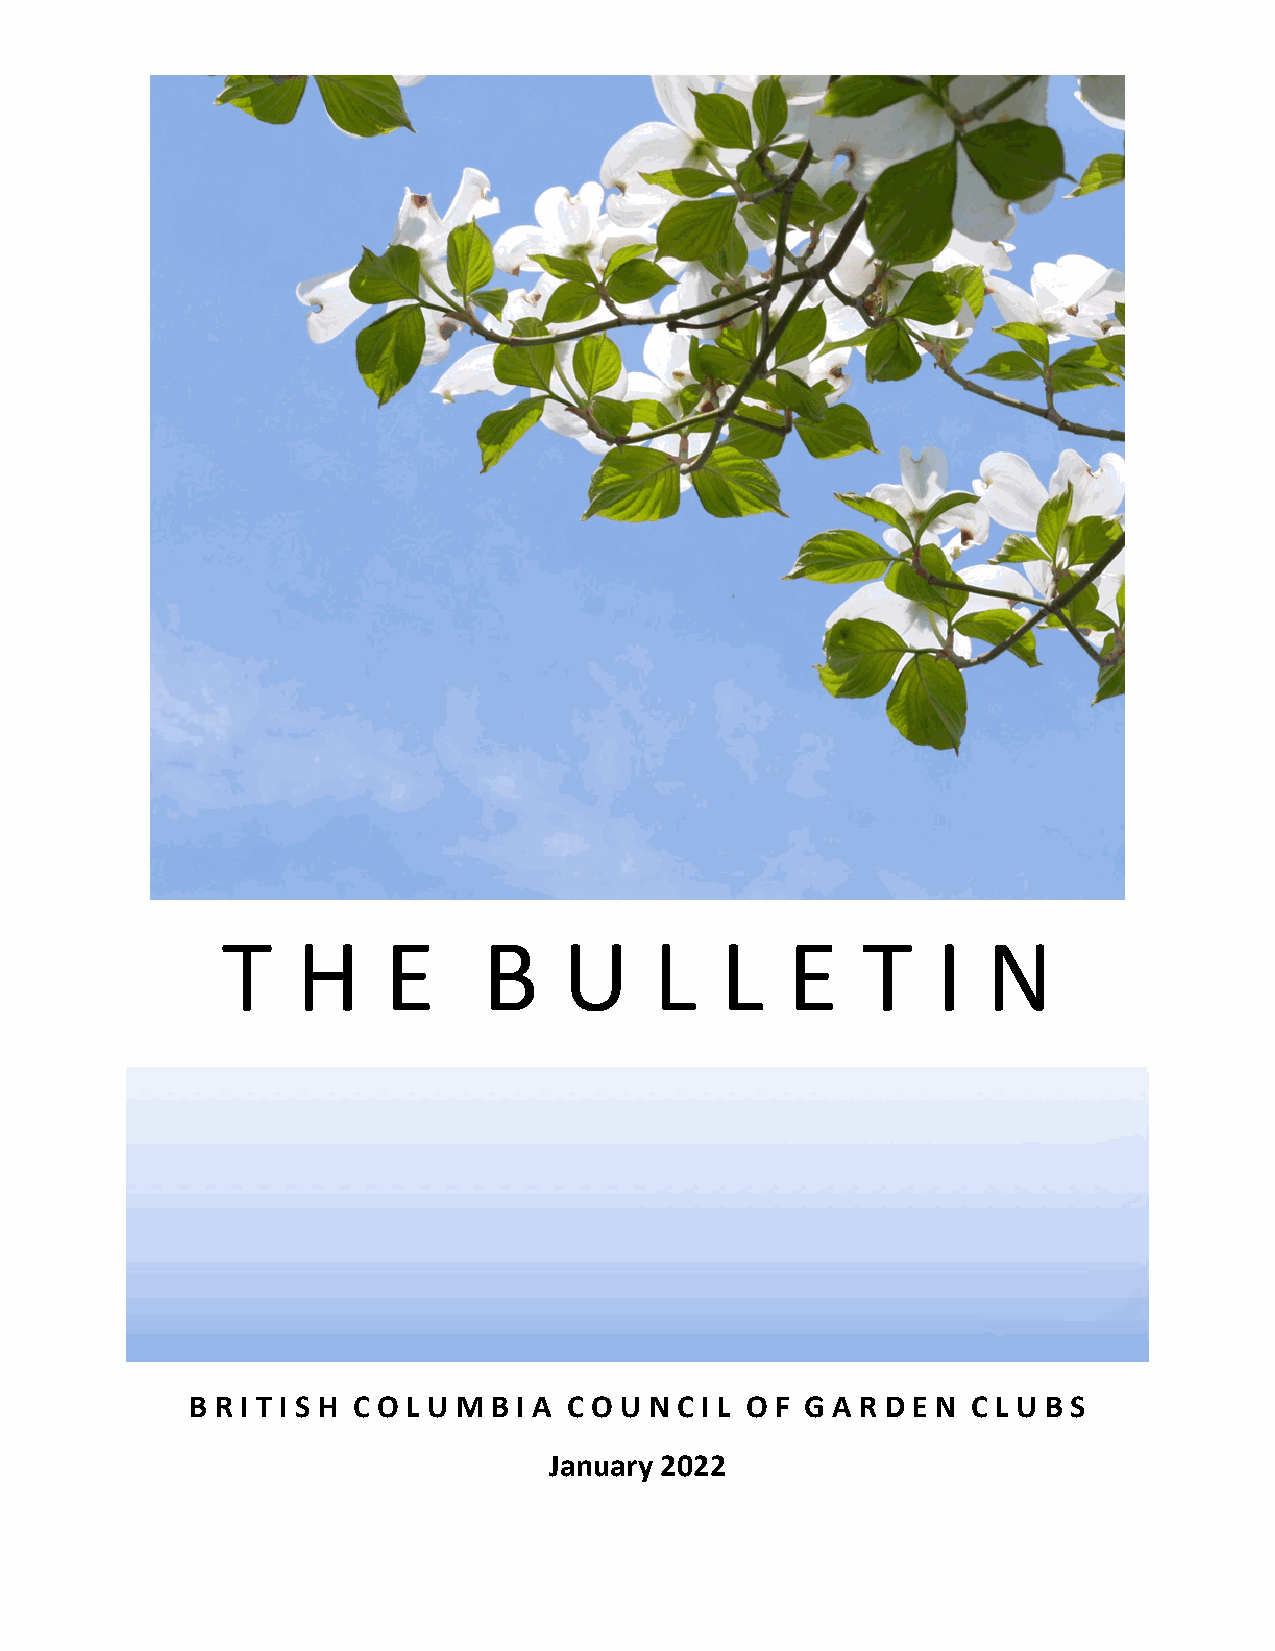
T    H    E      B    U     L    L   E    T    I  N
 B R I T I S H C O L U M B I A C O U N C I L O F G A R D E N C L U B S
 January 2022